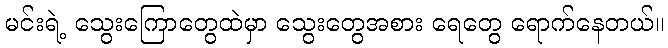
မင်းရဲ့ သွေးကြောတွေထဲမှာ သွေးတွေအစား ရေတွေ ရောက်နေတယ်။